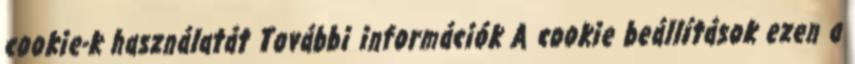
cookie-k használatát További információk A cookie beállítások ezen a